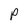
Character: P